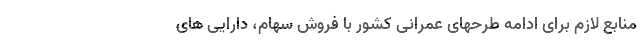
منابع لازم برای ادامه طرحهای عمرانی کشور با فروش سهام، دارایی های